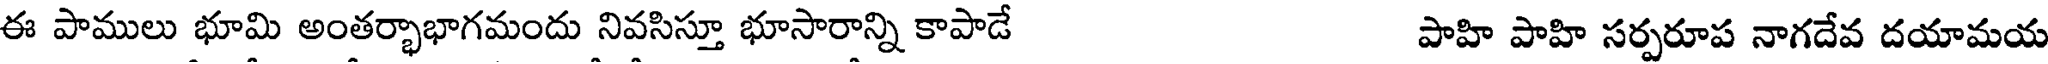
ఈ పాములు భూమి అంతర్భాభాగమందు నివసిస్తూ భూసారాన్ని కాపాడే పాహి పాహి సర్పరూప నాగదేవ దయామయ